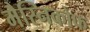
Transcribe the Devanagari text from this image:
मैस्निकोफ